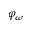
\varphi _ { \omega }